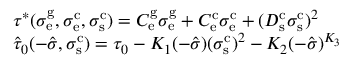
\begin{array} { r l } & { \tau ^ { * } ( \sigma _ { \mathrm { e } } ^ { \mathrm { g } } , \sigma _ { \mathrm { e } } ^ { \mathrm { c } } , \sigma _ { \mathrm { s } } ^ { \mathrm { c } } ) = C _ { \mathrm { e } } ^ { \mathrm { g } } \sigma _ { \mathrm { e } } ^ { \mathrm { g } } + C _ { \mathrm { e } } ^ { \mathrm { c } } \sigma _ { \mathrm { e } } ^ { \mathrm { c } } + ( D _ { \mathrm { s } } ^ { \mathrm { c } } \sigma _ { \mathrm { s } } ^ { \mathrm { c } } ) ^ { 2 } } \\ & { \hat { \tau } _ { 0 } ( - \hat { \sigma } , \sigma _ { \mathrm { s } } ^ { \mathrm { c } } ) = \tau _ { 0 } - K _ { 1 } ( - \hat { \sigma } ) ( \sigma _ { \mathrm { s } } ^ { \mathrm { c } } ) ^ { 2 } - K _ { 2 } ( - \hat { \sigma } ) ^ { K _ { 3 } } } \end{array}